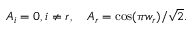
A _ { i } = 0 , i \neq r , \quad A _ { r } = \cos ( \pi w _ { r } ) / \sqrt { 2 } .